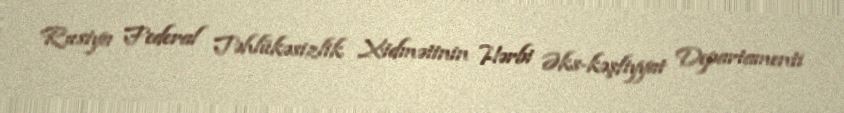
Rusiya Federal Təhlükəsizlik Xidmətinin Hərbi Əks-kəşfiyyat Departamenti